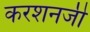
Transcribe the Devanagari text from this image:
करशनजी